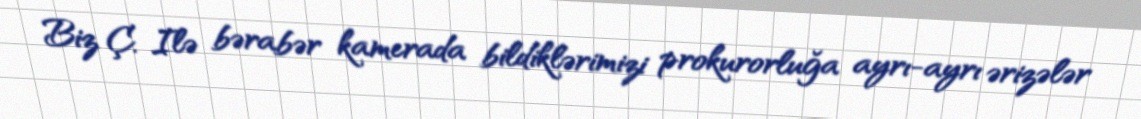
Biz Ç. Ilə bərabər kamerada bildiklərimizi prokurorluğa ayrı-ayrı ərizələr